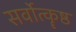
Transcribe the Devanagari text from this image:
सर्वोत्कॄष्ठ